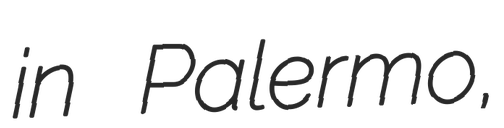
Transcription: in Palermo,